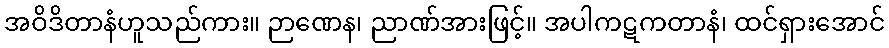
အဝိဒိတာနံဟူသည်ကား။ ဉာဏေန၊ ညာဏ်အားဖြင့်။ အပါကဋကတာနံ၊ ထင်ရှားအောင်